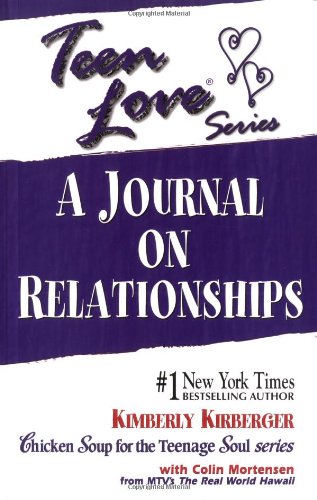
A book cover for Teen Love: A Journal on Relationships; Kimberly Kirberger; Teen & Young Adult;